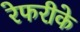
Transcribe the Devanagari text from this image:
रेफरीके